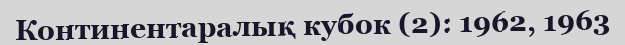
Континентаралық кубок (2): 1962, 1963